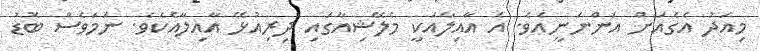
މިއަދު އެގެއަށް އަންނަނީއެވެ. އެ އާއިލާއަކީ މެލޭޝިއާގައި ދިރިއުޅޭ އާއިލާއެކެވެ. ނަމަވެސް ބޮޑު